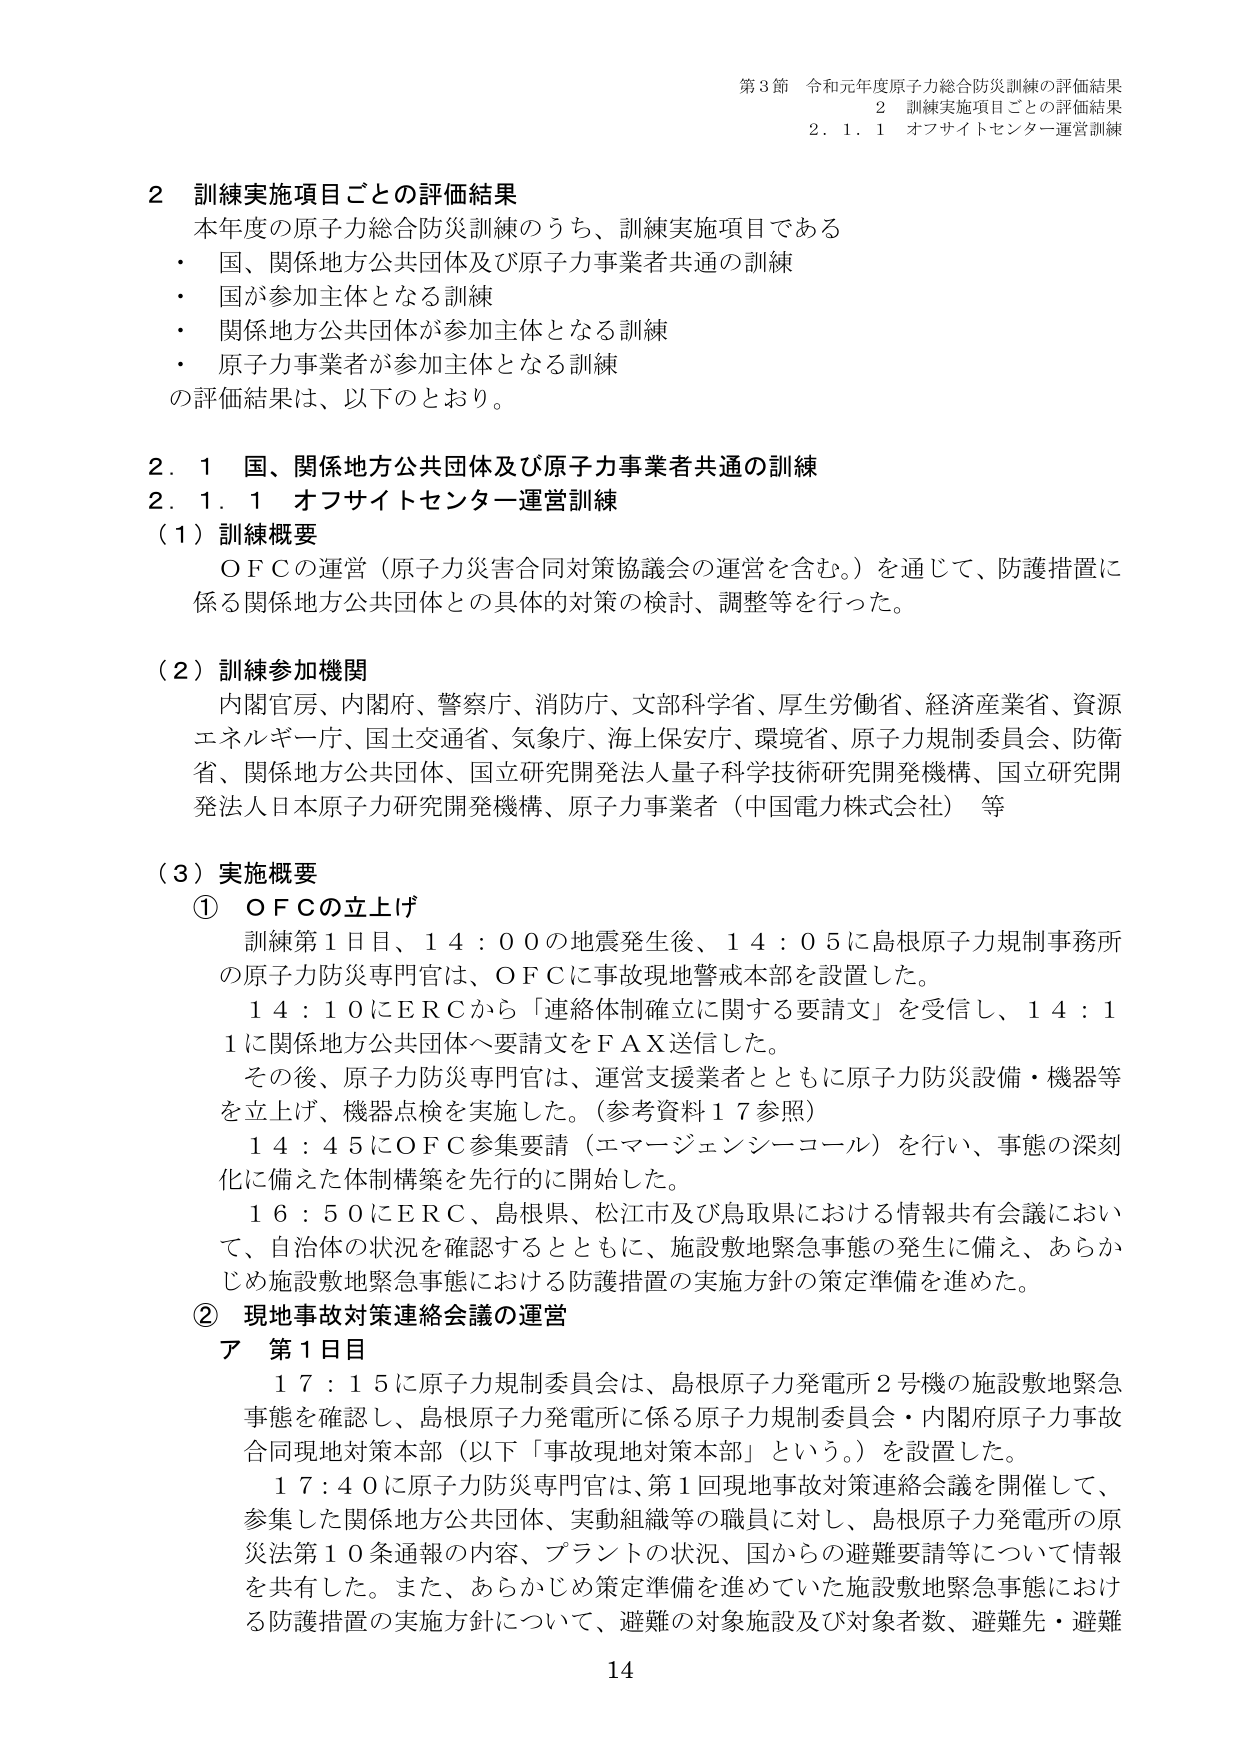
第3節 令和元年度原子力総合防災訓練の評価結果
2 訓練実施項目ごとの評価結果
2.1.1 オフサイトセンター運営訓練

2 訓練実施項目ごとの評価結果
本年度の原子力総合防災訓練のうち、訓練実施項目である
・ 国、関係地方公共団体及び原子力事業者共通の訓練
・ 国が参加主体となる訓練
・ 関係地方公共団体が参加主体となる訓練
・ 原子力事業者が参加主体となる訓練
の評価結果は、以下のとおり。

2.1 国、関係地方公共団体及び原子力事業者共通の訓練
2.1.1 オフサイトセンター運営訓練
（1）訓練概要
ＯＦＣの運営（原子力災害合同対策協議会の運営を含む。）を通じて、防護措置に
係る関係地方公共団体との具体的対策の検討、調整等を行った。

（2）訓練参加機関
内閣官房、内閣府、警察庁、消防庁、文部科学省、厚生労働省、経済産業省、資源
エネルギー庁、国土交通省、気象庁、海上保安庁、環境省、原子力規制委員会、防衛
省、関係地方公共団体、国立研究開発法人量子科学技術研究開発機構、国立研究開
発法人日本原子力研究開発機構、原子力事業者（中国電力株式会社） 等

（3）実施概要
① ＯＦＣの立上げ
訓練第1日目、14：00の地震発生後、14：05に島根原子力規制事務所
の原子力防災専門官は、ＯＦＣに事故現地警戒本部を設置した。
14：10にＥＲＣから「連絡体制確立に関する要請文」を受信し、14：1
1に関係地方公共団体へ要請文をＦＡＸ送信した。
その後、原子力防災専門官は、運営支援業者とともに原子力防災設備・機器等
を立上げ、機器点検を実施した。（参考資料17参照）
14：45にＯＦＣ参集要請（エマージェンシーコール）を行い、事態の深刻
化に備えた体制構築を先行的に開始した。
16：50にＥＲＣ、島根県、松江市及び鳥取県における情報共有会議におい
て、自治体の状況を確認するとともに、施設敷地緊急事態の発生に備え、あらか
じめ施設敷地緊急事態における防護措置の実施方針の策定準備を進めた。

② 現地事故対策連絡会議の運営
ア 第1日目
17：15に原子力規制委員会は、島根原子力発電所2号機の施設敷地緊急
事態を確認し、島根原子力発電所に係る原子力規制委員会・内閣府原子力事故
合同現地対策本部（以下「事故現地対策本部」という。）を設置した。
17：40に原子力防災専門官は、第1回現地事故対策連絡会議を開催して、
参集した関係地方公共団体、実動組織等の職員に対し、島根原子力発電所の原
災法第10条通報の内容、プラントの状況、国からの避難要請等について情報
を共有した。また、あらかじめ策定準備を進めていた施設敷地緊急事態におけ
る防護措置の実施方針について、避難の対象施設及び対象者数、避難先・避難

14